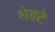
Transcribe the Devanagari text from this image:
शेवटे